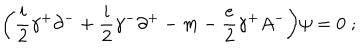
\biggl ( { \frac { i } { 2 } } \gamma ^ { + } \partial ^ { - } + { \frac { i } { 2 } } \gamma ^ { - } \partial ^ { + } - m - { \frac { e } { 2 } } \gamma ^ { + } A ^ { - } \biggr ) \psi = 0 \; ;